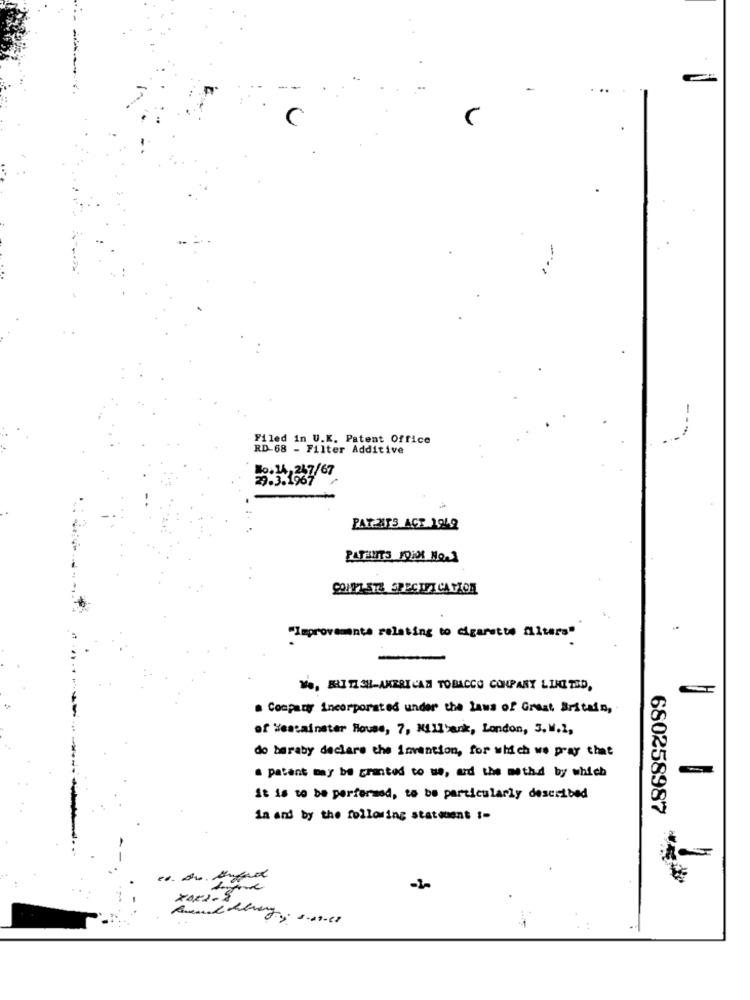
...
-
--
Filed in U.K. Patent Office
RD-68 - Filter Additive
No.14,247/67
29.3.1967
PAT-2ITS AGE 1942
PATANITS 19101 No.3
CON97 573 SPECIFICATION
"Improvements relating to cigarette filters"
-
Vo, BRITISH AMERICAN TOBACCO COMPANY LIMITED,
a Company incorporated under the laws of Great Britain,
of Heatainster House, 7, Millbank, London, 3. W.2,
do beraby declare the invention, for which we pray that
a patent may be granted to we, and the method by which
it is to be performed, to be particularly described
680258987
in and by the following statement :-
XOR2-S